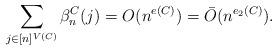
LaTeX: \begin{align*} \sum_{j\in [n]^{V(C)}} \beta_{n}^{C}(j) =O(n^{e(C)})=\bar O(n^{e_2(C)}).\end{align*}